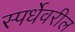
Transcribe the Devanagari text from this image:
स्पर्धेवरील